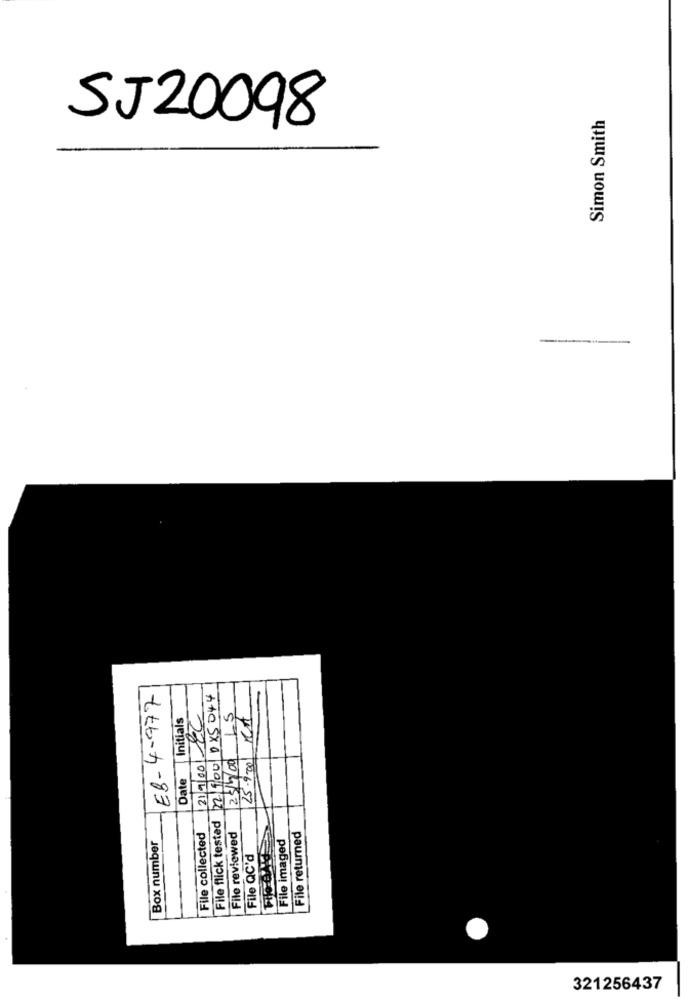
Simon Smith
SJ20098
EB-4-977
File flick tested 22/9:001085044
Initials
21/9/00 CC
LS
25/400
25.9-30
Date
Box number
File collected
File reviewed
File imaged
File returned
File QC'd
321256437